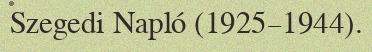
Szegedi Napló (1925–1944).